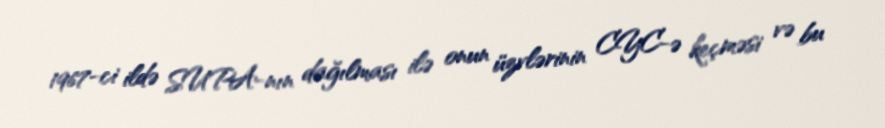
1967-ci ildə SUPA-nın dağılması ilə onun üzvlərinin CYC-ə keçməsi və bu